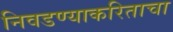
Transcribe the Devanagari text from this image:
निवडण्याकरिताचा